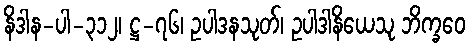
နိဒါန-ပါ-၃၁၂၊ ဋ္ဌ-၇၆၊ ဥပါဒနသုတ်၊ ဥပါဒါနိယေသု ဘိက္ခဝေ